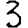
Digit: 3